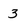
Character: 3